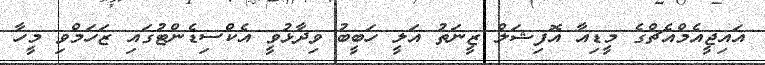
އައިޖީއެމްއެޗްގެ މީޑިއާ އޮފިޝަލް ޒީނަތު އަލީ ހަބީބު ވިދާޅުވީ އެކްސިޑެންޓުގައި ޒަހަމްވި މީހާ